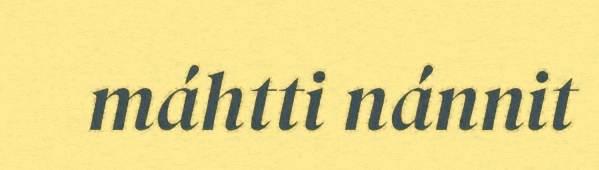
máhtti nánnit